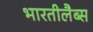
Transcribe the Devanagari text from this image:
भारतीलैब्स